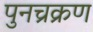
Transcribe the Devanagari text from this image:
पुनच्रक्रण